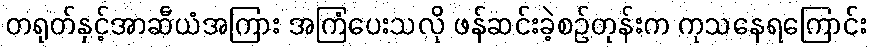
တရုတ်နှင့်အာဆီယံအကြား အကြံပေးသလို ဖန်ဆင်းခဲ့စဉ်တုန်းက ကုသနေရကြောင်း